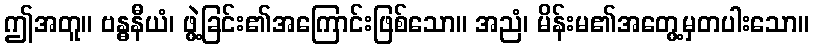
ဤအတူ။ ဗန္ဓနီယံ၊ ဖွဲ့ခြင်း၏အကြောင်းဖြစ်သော။ အညံ၊ မိန်းမ၏အတွေ့မှတပါးသော။